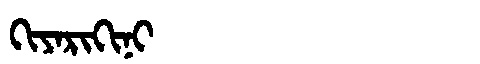
Manchu: ᡴᡳᠶᠠᡵᡳᡴᡳᠨᡳ
Romanization: KIYARIKINI